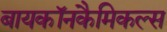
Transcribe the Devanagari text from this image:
बायकॉनकैमिकल्स